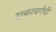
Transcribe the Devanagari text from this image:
झुकरबर्गची